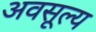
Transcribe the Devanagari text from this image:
अवसूल्य